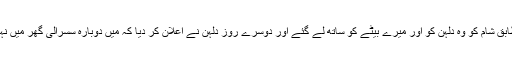
رواج کے مطابق شام کو وہ دلہن کو اور میرے بیٹے کو ساتھ لے گئے اور دوسرے روز دلہن نے اعلان کر دیا کہ میں دوبارہ سسرالی گھر میں نہیں جاﺅں گی ۔